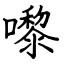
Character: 嚟